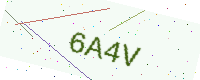
Text: 6A4V